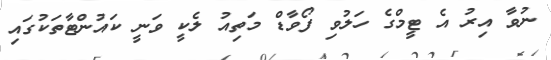
ނުވާ އިރު އެ ޓީމްގެ ހަލުވި ފޯވާޑް މަތިއު ލެކީ ވަނީ ކައުންޓާތަކުގައި